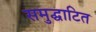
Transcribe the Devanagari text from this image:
समुद्घाटित